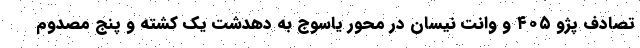
تصادف پژو ۴۰۵ و وانت نیسان در محور یاسوج به دهدشت یک کشته و پنج مصدوم